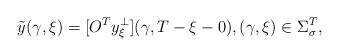
LaTeX: \begin{align*}{\tilde y}(\gamma ,\xi )=[O^T y^\bot_\xi ](\gamma ,T-\xi -0),(\gamma ,\xi )\in \Sigma^T_\sigma,\end{align*}